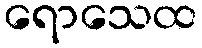
ရောသေထ